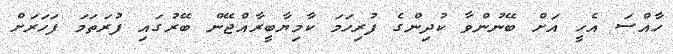
ހާއްސަ އެހީ އަށް ބޭނުންވާ ކުދިންގެ ފުރިހަމަ ކާމިޔާބީރާއްޖޭން ބޭރުގައި ފުރަތަމަ ފަހަރަށް